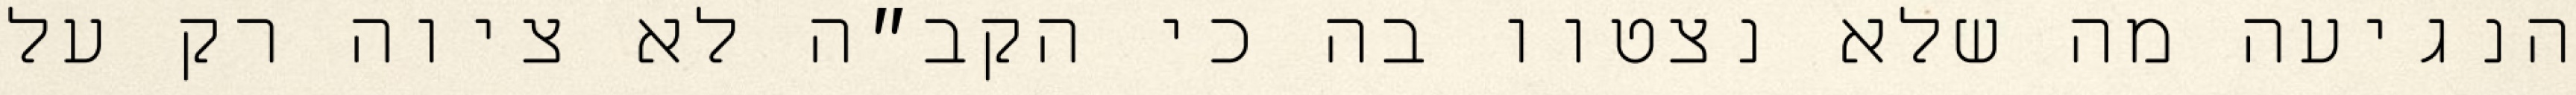
הנגיעה מה שלא נצטוו בה כי הקב״ה לא ציוה רק על